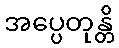
အပ္ပေတုန္တိ